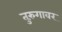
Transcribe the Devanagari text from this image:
तुरुंगावर